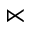
\ltimes